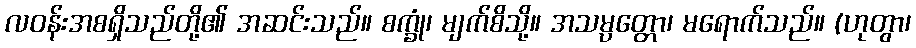
လဝန်းအစရှိသည်တို့၏ အဆင်းသည်။ စက္ခုံ၊ မျက်စိသို့။ အသမ္ပတ္တော၊ မရောက်သည်။ (ဟုတွာ၊